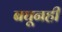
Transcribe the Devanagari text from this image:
बघूनही